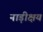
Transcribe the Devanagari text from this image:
नाड़ीक्षय